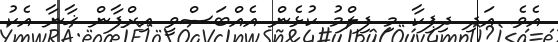
އެވެ. އަދި ދިޕިކާ މި ފިލްމު ކުޅެން އެއްބަސްވީ އިރްފާން ޚާނާ އެކު